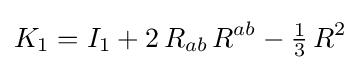
K_{1}=I_{1}+2\,R_{ab}\,R^{ab}-{\tfrac {1}{3}}\,R^{2}